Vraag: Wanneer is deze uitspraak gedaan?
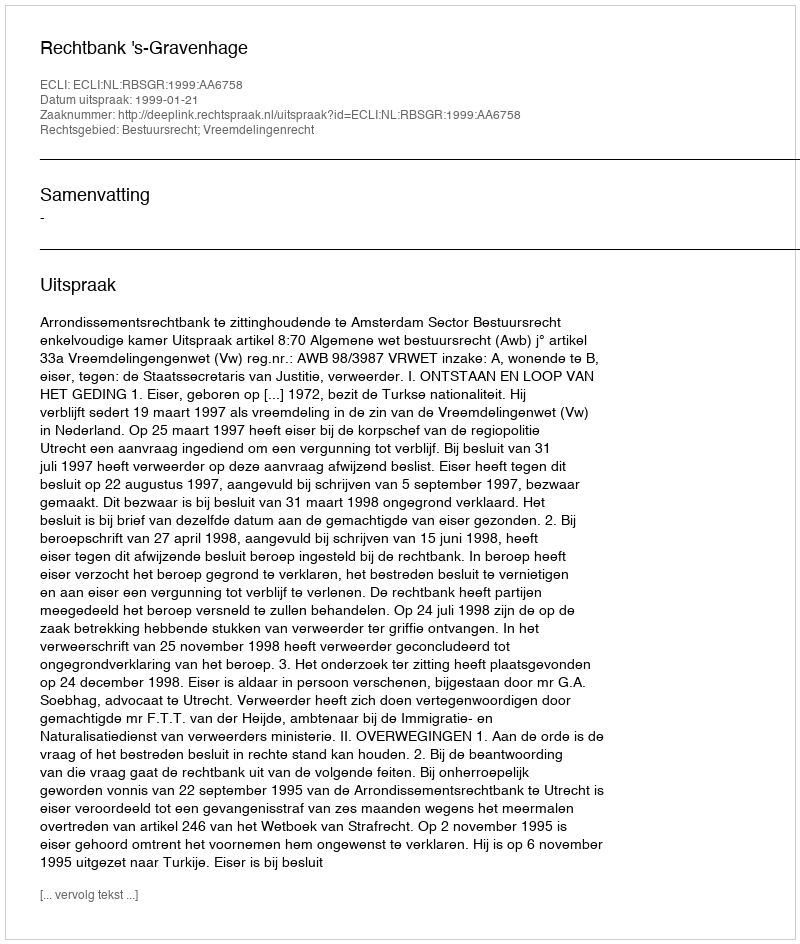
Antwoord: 1999-01-21